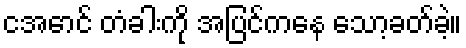
ငအောင် တံခါးကို အပြင်ကနေ သော့ခတ်ခဲ့။